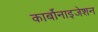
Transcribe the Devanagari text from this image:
कार्बोनाइजेशन